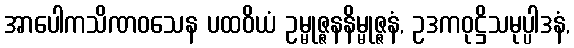
အာပေါကသိဏဝသေန ပထဝိယံ ဥမ္မုဇ္ဇနနိမ္မုဇ္ဇနံ, ဥဒကဝုဋ္ဌိသမုပ္ပါဒနံ,